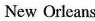
New Orleans